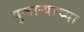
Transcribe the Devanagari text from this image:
पुजार्‍याच्या